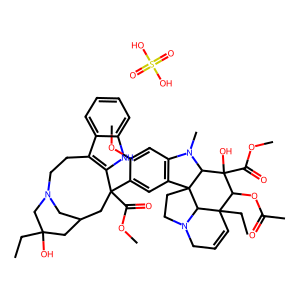
SMILES: CCC1(O)CC2CN(CCc3c([nH]c4ccccc34)C(C(=O)OC)(c3cc4c(cc3OC)N(C)C3C(O)(C(=O)OC)C(OC(C)=O)C5(CC)C=CCN6CCC43C65)C2)C1.O=S(=O)(O)O
Inhibits HIV replication: No